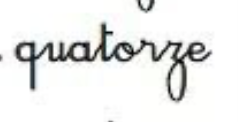
quatorze